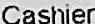
CASHIER